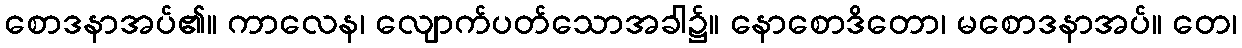
စောဒနာအပ်၏။ ကာလေန၊ လျောက်ပတ်သောအခါ၌။ နောစောဒိတော၊ မစောဒနာအပ်။ တေ၊